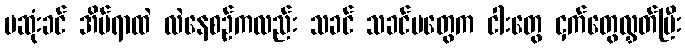
မဆုံးခင် အိပ်ရာထဲ လဲနေစဉ်ကလည်း သခင် သခင်မတွေက ငါးတွေ ငှက်တွေလွှတ်ပြီး